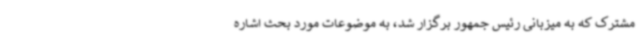
مشترک که به میزبانی رئیس جمهور برگزار شد، به موضوعات مورد بحث اشاره